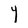
Character: Y